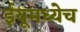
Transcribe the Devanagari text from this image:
ईयूमध्येच